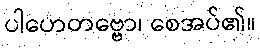
ပါဟေတဗ္ဗော၊ စေအပ်၏။